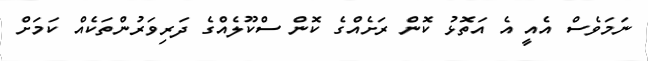
ނަމަވެސް އެއީ އެ އަތޮޅު ކޮން ރަށެއްގެ ކޮން ސްކޫލެއްގެ ދަރިވަރުންތަކެއް ކަމަށް